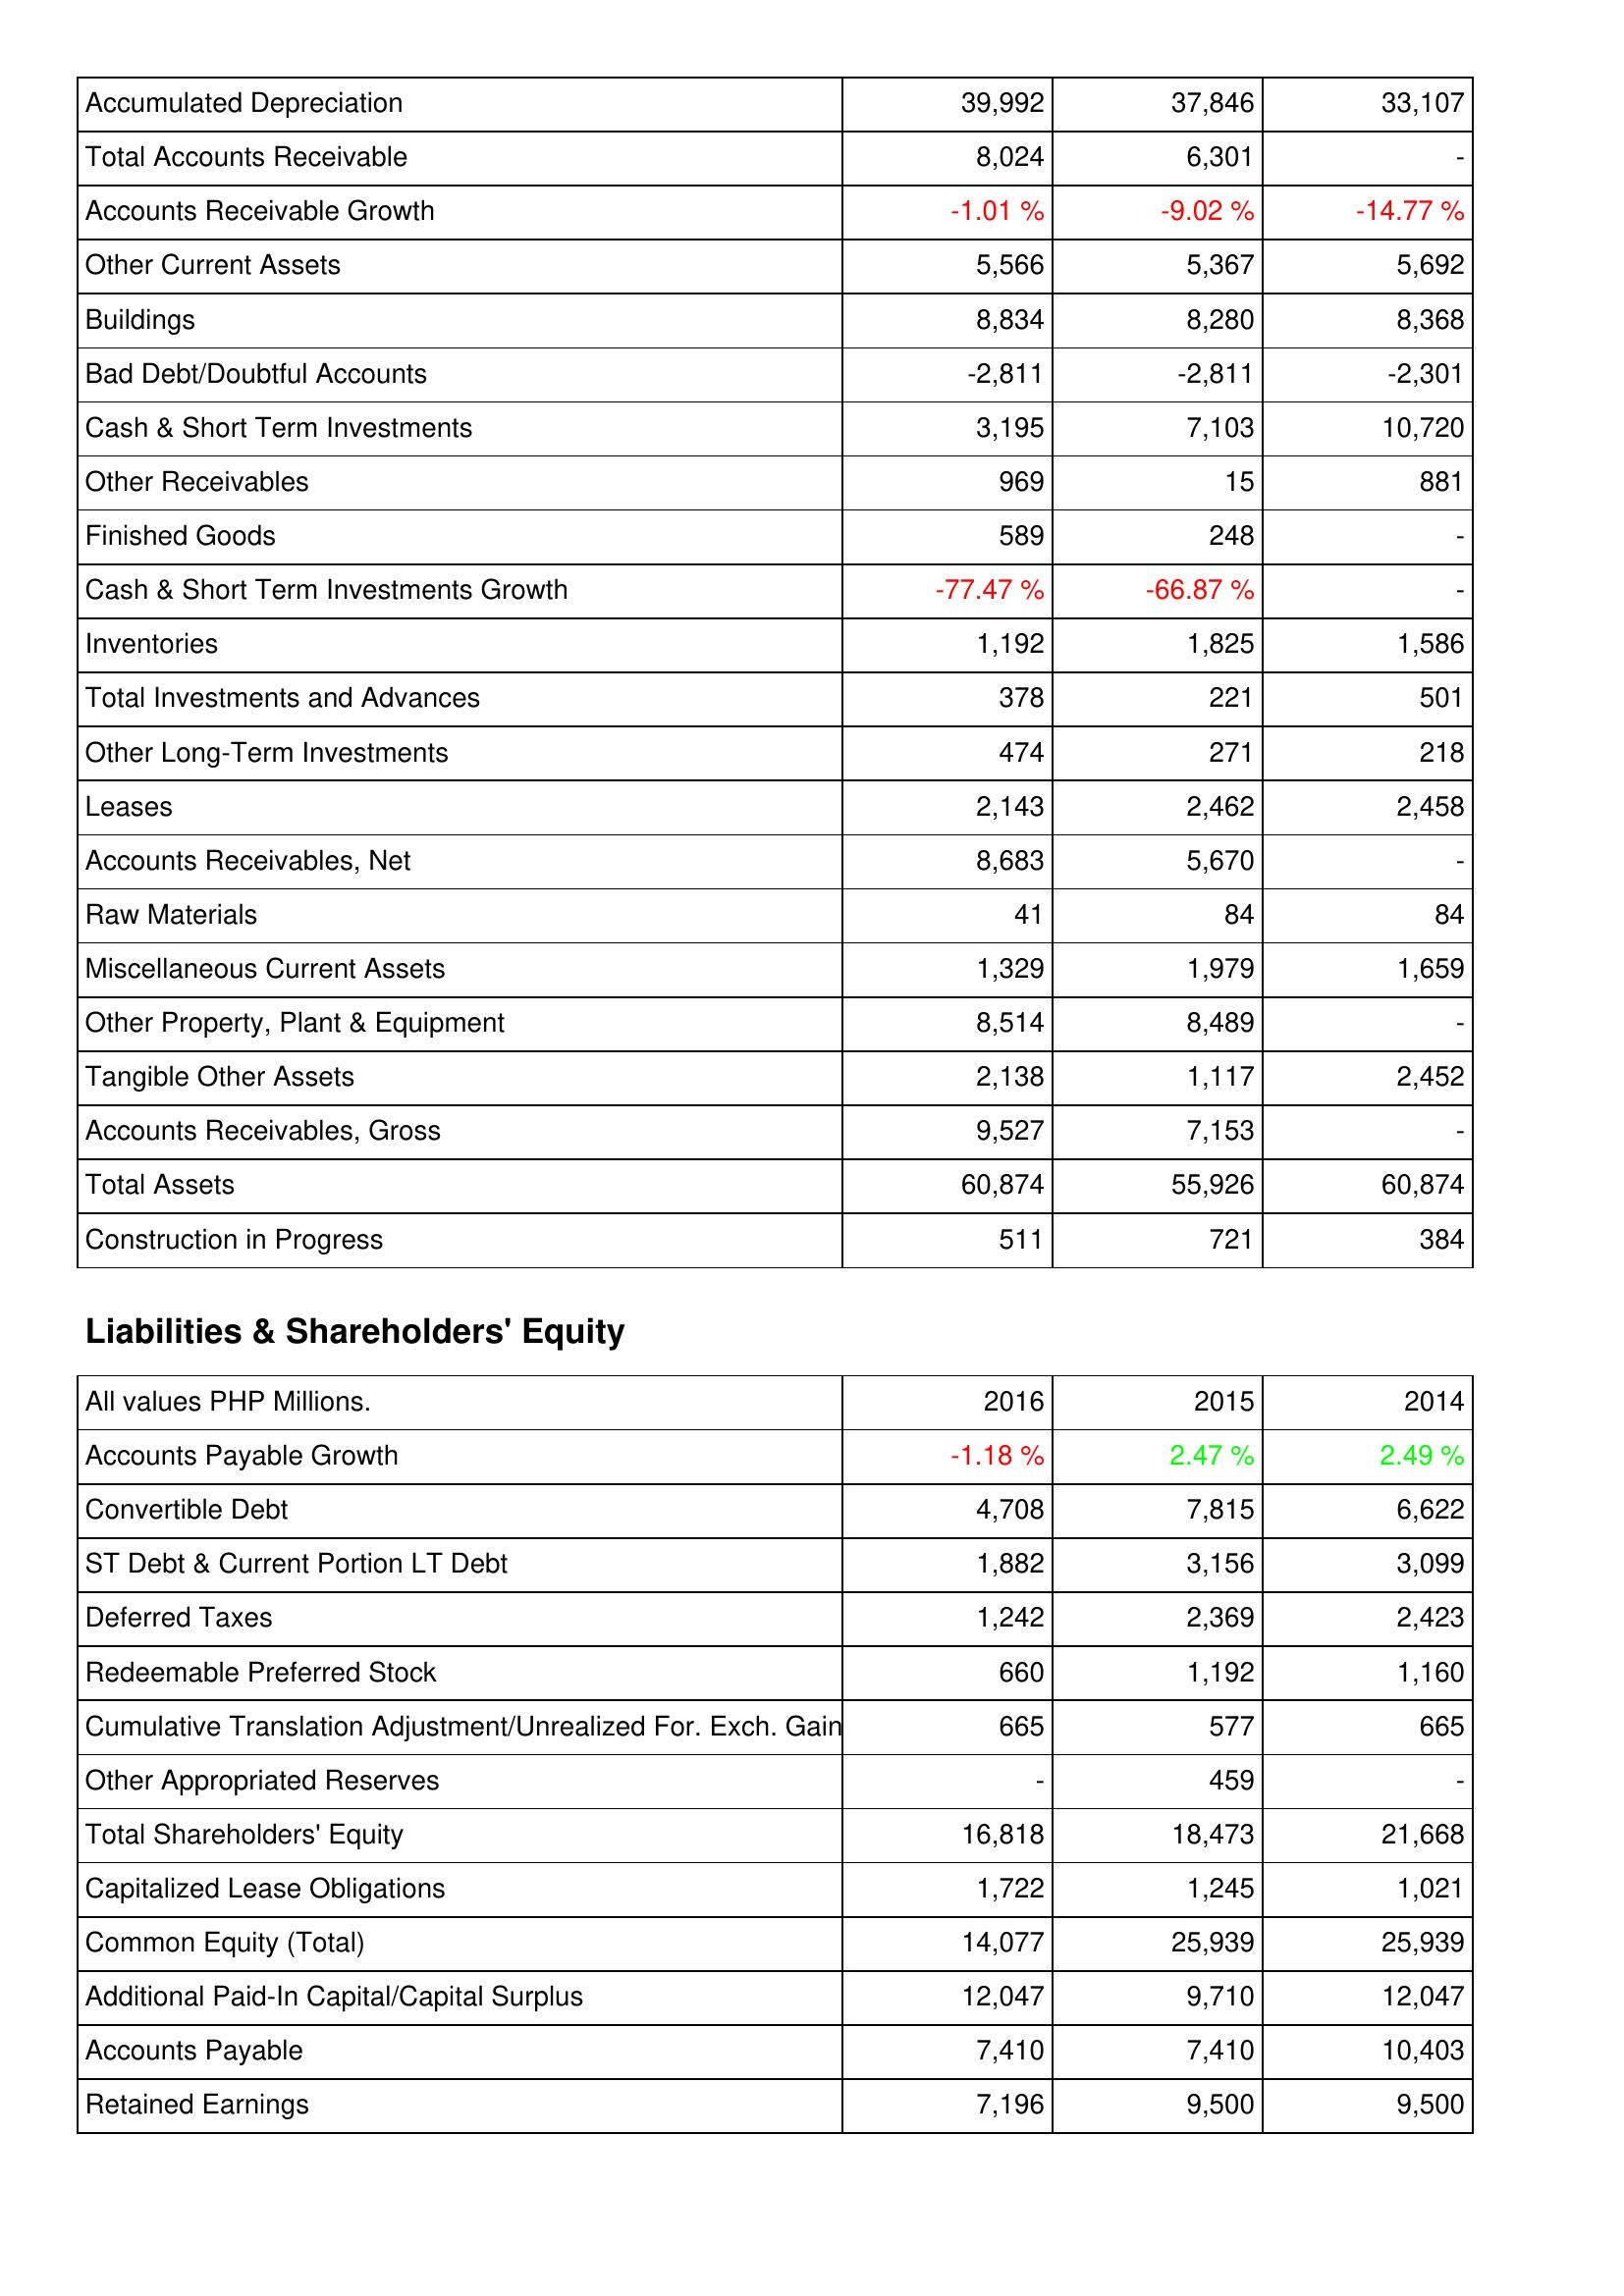
2016: Assets: Accumulated Depreciation: 39,992
Total Accounts Receivable: 8,024
Accounts Receivable Growth: -1.01 %
Other Current Assets: 5,566
Buildings: 8,834
Bad Debt/Doubtful Accounts: -2,811
Cash & Short Term Investments: 3,195
Other Receivables: 969
Finished Goods: 589
Cash & Short Term Investments Growth: -77.47 %
Inventories: 1,192
Total Investments and Advances: 378
Other Long-Term Investments: 474
Leases: 2,143
Accounts Receivables, Net: 8,683
Raw Materials: 41
Miscellaneous Current Assets: 1,329
Other Property, Plant & Equipment: 8,514
Tangible Other Assets: 2,138
Accounts Receivables, Gross: 9,527
Total Assets: 60,874
Construction in Progress: 511
Liabilities & Shareholders' Equity: Accounts Payable Growth: -1.18 %
Convertible Debt: 4,708
ST Debt & Current Portion LT Debt: 1,882
Deferred Taxes: 1,242
Redeemable Preferred Stock: 660
Cumulative Translation Adjustment/Unrealized For. Exch. Gain: 665
Other Appropriated Reserves: -
Total Shareholders' Equity: 16,818
Capitalized Lease Obligations: 1,722
Common Equity (Total): 14,077
Additional Paid-In Capital/Capital Surplus: 12,047
Accounts Payable: 7,410
Retained Earnings: 7,196
2015: Assets: Accumulated Depreciation: 37,846
Total Accounts Receivable: 6,301
Accounts Receivable Growth: -9.02 %
Other Current Assets: 5,367
Buildings: 8,280
Bad Debt/Doubtful Accounts: -2,811
Cash & Short Term Investments: 7,103
Other Receivables: 15
Finished Goods: 248
Cash & Short Term Investments Growth: -66.87 %
Inventories: 1,825
Total Investments and Advances: 221
Other Long-Term Investments: 271
Leases: 2,462
Accounts Receivables, Net: 5,670
Raw Materials: 84
Miscellaneous Current Assets: 1,979
Other Property, Plant & Equipment: 8,489
Tangible Other Assets: 1,117
Accounts Receivables, Gross: 7,153
Total Assets: 55,926
Construction in Progress: 721
Liabilities & Shareholders' Equity: Accounts Payable Growth: 2.47 %
Convertible Debt: 7,815
ST Debt & Current Portion LT Debt: 3,156
Deferred Taxes: 2,369
Redeemable Preferred Stock: 1,192
Cumulative Translation Adjustment/Unrealized For. Exch. Gain: 577
Other Appropriated Reserves: 459
Total Shareholders' Equity: 18,473
Capitalized Lease Obligations: 1,245
Common Equity (Total): 25,939
Additional Paid-In Capital/Capital Surplus: 9,710
Accounts Payable: 7,410
Retained Earnings: 9,500
2014: Assets: Accumulated Depreciation: 33,107
Total Accounts Receivable: -
Accounts Receivable Growth: -14.77 %
Other Current Assets: 5,692
Buildings: 8,368
Bad Debt/Doubtful Accounts: -2,301
Cash & Short Term Investments: 10,720
Other Receivables: 881
Finished Goods: -
Cash & Short Term Investments Growth: -
Inventories: 1,586
Total Investments and Advances: 501
Other Long-Term Investments: 218
Leases: 2,458
Accounts Receivables, Net: -
Raw Materials: 84
Miscellaneous Current Assets: 1,659
Other Property, Plant & Equipment: -
Tangible Other Assets: 2,452
Accounts Receivables, Gross: -
Total Assets: 60,874
Construction in Progress: 384
Liabilities & Shareholders' Equity: Accounts Payable Growth: 2.49 %
Convertible Debt: 6,622
ST Debt & Current Portion LT Debt: 3,099
Deferred Taxes: 2,423
Redeemable Preferred Stock: 1,160
Cumulative Translation Adjustment/Unrealized For. Exch. Gain: 665
Other Appropriated Reserves: -
Total Shareholders' Equity: 21,668
Capitalized Lease Obligations: 1,021
Common Equity (Total): 25,939
Additional Paid-In Capital/Capital Surplus: 12,047
Accounts Payable: 10,403
Retained Earnings: 9,500